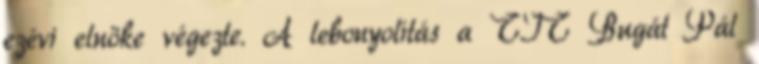
ezévi elnöke végezte. A lebonyolítás a TIT Bugát Pál